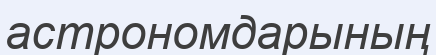
астрономдарының